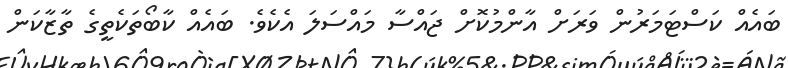
ބައެއް ކަސްޓަމަރުން ވަރަށް އާންމުކޮށް ޖައްސާ މައްސަލަ އެކެވެ. ބައެއް ކާބޯތަކެތީގެ ތާޒާކަން